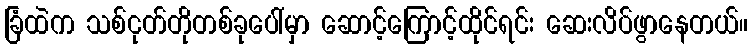
ခြံထဲက သစ်ငုတ်တိုတစ်ခုပေါ်မှာ ဆောင့်ကြောင့်ထိုင်ရင်း ဆေးလိပ်ဖွာနေတယ်။